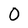
Character: 0